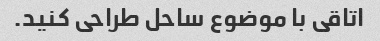
اتاقی با موضوع ساحل طراحی کنید.